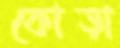
কোড়া